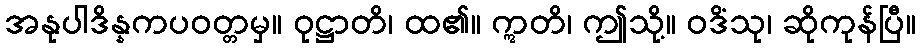
အနုပါဒိန္နကပဝတ္တမှ။ ဝုဋ္ဌာတိ၊ ထ၏။ ဣတိ၊ ဤသို့။ ဝဒိံသု၊ ဆိုကုန်ပြီ။